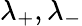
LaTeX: \lambda_{+},\lambda_{-}